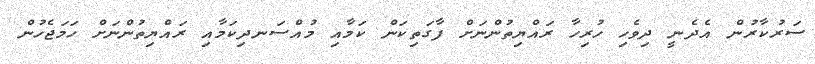
ސަރުކާރުން އެދެނީ ދިވެހި ހުރިހާ ރައްޔިތުންނަށް ފާގަތިކަން ކަމާއި މުއްސަނދިކަމާއި ރައްޔިތުންނަށް ހަމަޖެހުން